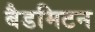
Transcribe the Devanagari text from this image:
बैडमिटन